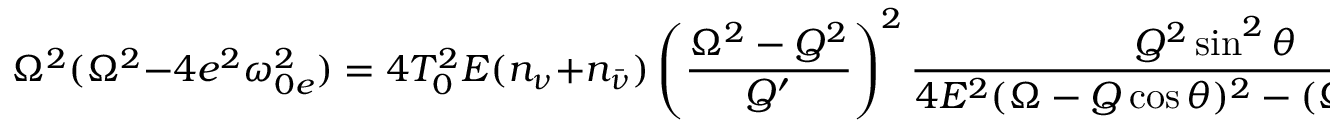
\Omega ^ { 2 } ( \Omega ^ { 2 } - 4 e ^ { 2 } \omega _ { 0 e } ^ { 2 } ) = 4 T _ { 0 } ^ { 2 } { \cal E } ( n _ { \nu } + n _ { \bar { \nu } } ) \left( \frac { \Omega ^ { 2 } - { \cal Q } ^ { 2 } } { { \cal Q } ^ { \prime } } \right) ^ { 2 } \frac { { \cal Q } ^ { 2 } \sin ^ { 2 } \theta } { 4 { \cal E } ^ { 2 } ( \Omega - { \cal Q } \cos \theta ) ^ { 2 } - ( \Omega ^ { 2 } - { \cal Q } ^ { 2 } ) ^ { 2 } } \, .